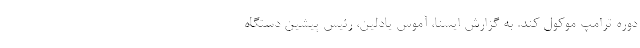
دوره ترامپ موکول کند. به گزارش ایسنا، آموس یادلین، رئیس پیشین دستگاه